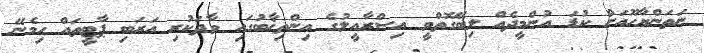
ނަތަންޔާހޫއަށް ކުޑަ އުންމީދެއް ލިބޭގޮތްވީ އިސްރާއީލުގެ އިންތިޚާބުގައި ވާދަކުރި އަރަބި ޕާޓީތައް ހިމެނޭ